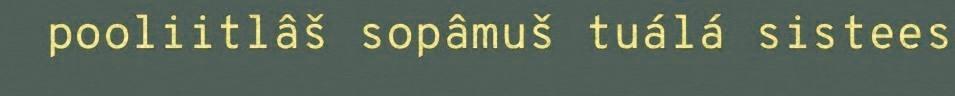
pooliitlâš sopâmuš tuálá sistees